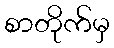
စာတိုက်မှ